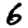
Digit: 6